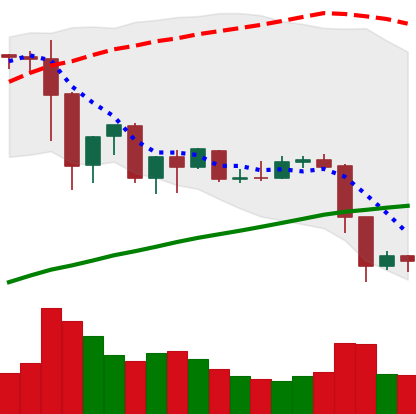
Ticker: EOS-USD
Chart end date: 2019-07-13
Forward return: -13.389%
Label: down_7plus